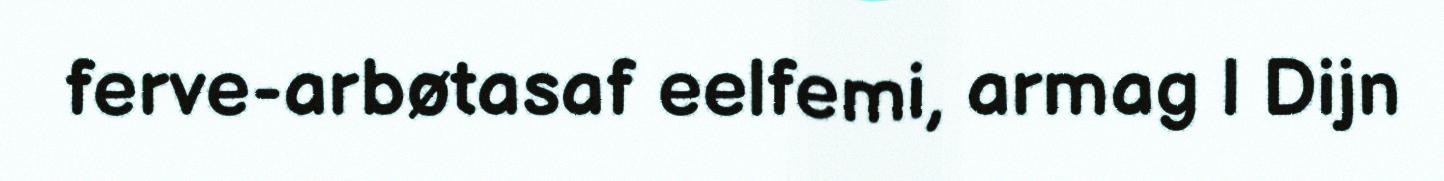
ferve-arbøtasaf eelfemi, armag | Dijn